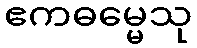
ဧကဓမ္မေသု